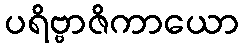
ပရိဗ္ဗာဇိကာယော